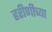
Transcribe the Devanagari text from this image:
हरीणीच्या